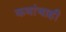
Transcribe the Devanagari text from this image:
कथांचाही